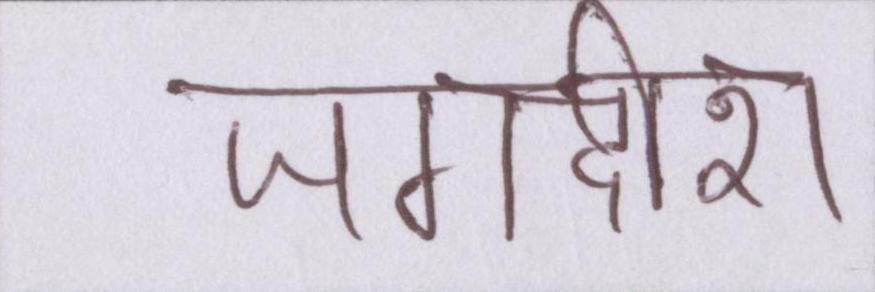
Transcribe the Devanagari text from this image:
जगदीश